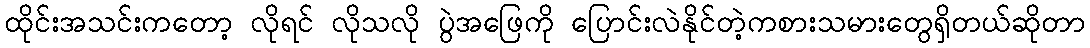
ထိုင်းအသင်းကတော့ လိုရင် လိုသလို ပွဲအဖြေကို ပြောင်းလဲနိုင်တဲ့ကစားသမားတွေရှိတယ်ဆိုတာ